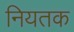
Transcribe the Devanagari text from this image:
नियतक